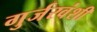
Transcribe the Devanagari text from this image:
गुर्जरवंशी